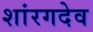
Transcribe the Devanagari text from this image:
शांरगदेव